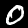
Digit: 0